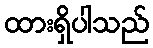
ထားရှိပါသည်